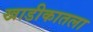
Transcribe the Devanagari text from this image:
खाडीकातला